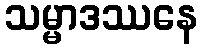
သမ္မာဒဿနေ